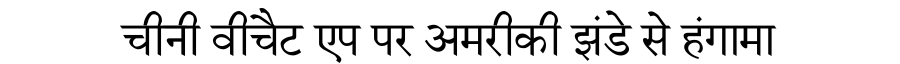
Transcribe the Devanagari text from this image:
चीनी वीचैट एप पर अमरीकी झंडे से हंगामा